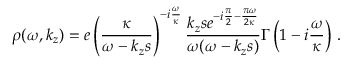
\rho ( \omega , k _ { z } ) = e \left( \frac { \kappa } { \omega - k _ { z } s } \right) ^ { - i \frac { \omega } { \kappa } } \frac { k _ { z } s e ^ { - i \frac { \pi } { 2 } - \frac { \pi \omega } { 2 \kappa } } } { \omega ( \omega - k _ { z } s ) } \Gamma \left( 1 - i \frac { \omega } { \kappa } \right) \, .